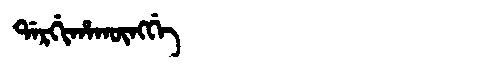
Manchu: ᡩᠠᡵᡤᡳᡥᠠᡴᡡᠩᡤᡝ
Romanization: DARGIHAKŪNGGE